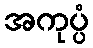
အကုပ္ပံ